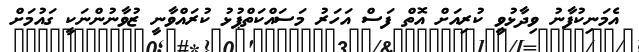
އެމަނިކުފާނު ވިދާޅުވީ ކުރިއަށް އޮތް ފަސް އަހަރު މަސައްކަތްޕުޅު ކުރައްވާނީ ޒުވާނުންނަކީ ގައުމަށް